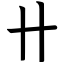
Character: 卄